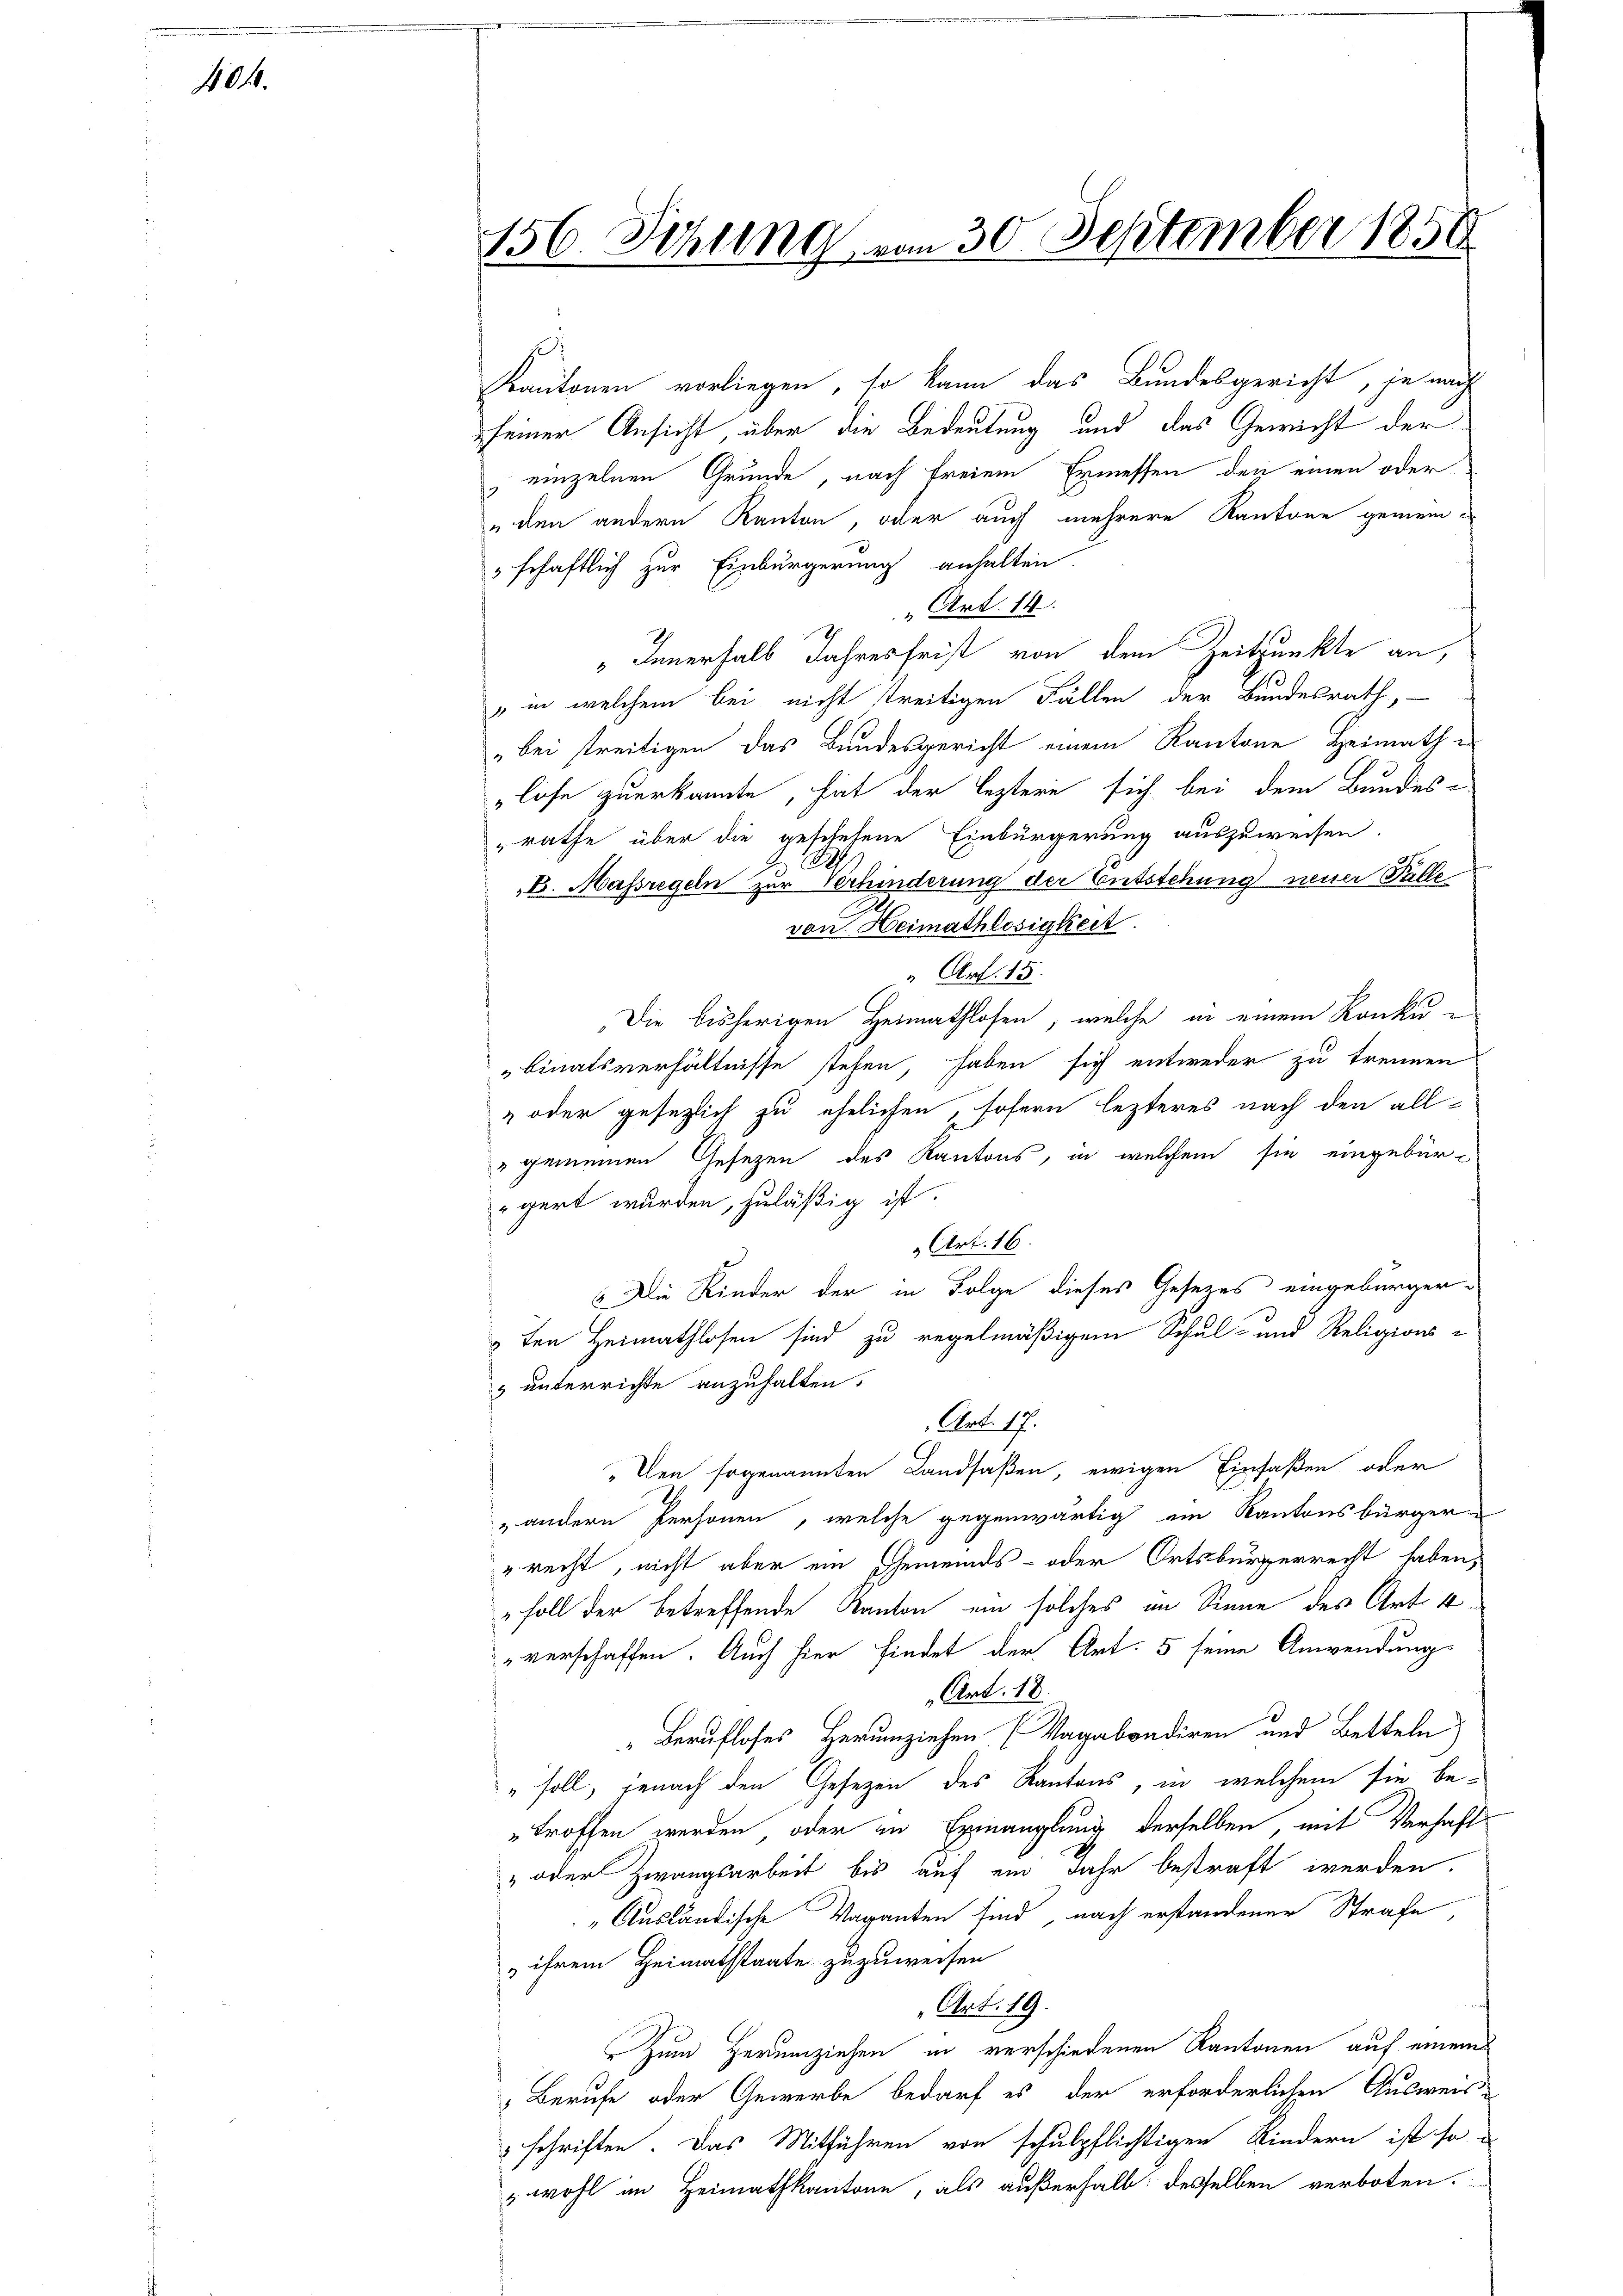
404.

Kantonen vorliegen, so kann das Bundesgericht, je nach
seiner Ansicht über die Bedeutung und das Gewicht der
 einzelnen Grunde, nach freiem Ermessen den einen oder
eden andern Kanton, oder auch mehrere Kantone gemeinschaftlich zur Einbürgerung anhalten.
„Art. 14
„Innerhalb Jahresfrist von dem Zeitpunkte an,
„in welchem bei nicht treitigen Fällen der Bundesrath,
"bei streitigen das Bundesgericht einem Kantone Heimath e
löse zuerkannte, hat der leztern sich bei dem Bundes-
rathe über die geschehene Einbürgerung auszuweisen.
B. Massregeln zur Verhinderung der Entstehung neuer Falle
von Heimathlosigkeit
“ Art. 15.
Die bisherigen Heimathlosen, welche in einem Konku
binatsverhältnisse stehen, haben sich entweder zu trennen
 oder gesezlich zu ehelichen, sofern lezteres nach den all-
" gemeinen Gesezen des Kantons, in welchem sie eingebür-
gert wurden, zuläßig ist.
Art. 16.
 Die Kinder der in Folge dieses Gesetzes eingebürger¬
3ten Heimathlosen sind zu regelmäßigem Schul- und Religions-
& unterrichte anzuhalten.
Art. 17.
" Den sogenannten Landsaßen, ewigen Einfaßen oder
„andern Personen, welche gegenwärtig im Kantonsbürger-
„recht, nicht aber ein Gemeinds- oder Ortsbürgerrecht haben,
" soll der betreffende Kanton ein solches im Sinne des Art. 4.
verschaffen. Auch hier findet der Art. 5 seine Anwendungs
Art. 18.
" Berufloses Herumziehen. (Vagabradiren und Betteln)
" soll, jenach den Gesezen des Kantons, in welchem sie betroffen werden, oder in Ermanglung derselben, mit Verhaft¬
" oder Zwangsarbeit bis auf ein Jahr bestraft werden.
"Ausländische Vaganten sind, nach erstandener Strafe
 ihrem Heimathstaate zuzuweisen
Art. 19.
Zum Herumziehen in verschiedenen Kantonen auf einem
Berufe oder Gewerbe bedarf es der erforderlichen Ausweis-
schriften. Das Mitführen von schulpflichtigen Kindern ist so
wohl im Heimathkantone, als außerhalb desselben verboten.

156. Sitzung vom 30. September 1858